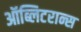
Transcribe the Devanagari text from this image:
ऑब्लिटरान्स